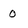
Character: 0